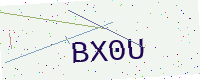
Text: BX0U